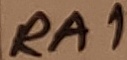
Text: RA1